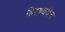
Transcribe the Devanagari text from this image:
हिरण्ययेन